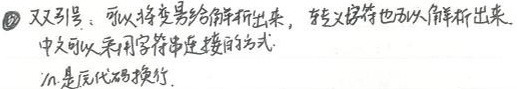
\textcircled{7} 双引号：可以将变量给解析出来，转义字符也可以解析出来。中文可以采用字符串连接的方式。\n是源代码换行。